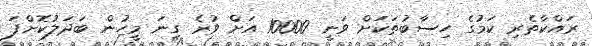
ރައްކާތެރި ކަމުގެ ހިސާބުތަކަށް ވަނީ 10000 އަށް ވުރެ ގިނަ މީހުން ބަދަލުކޮށްފަ